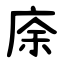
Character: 庩